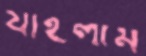
যাইলাম